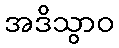
အဒိသွာဝ